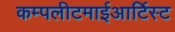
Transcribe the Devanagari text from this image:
कम्पलीटमाईआर्टिस्ट